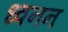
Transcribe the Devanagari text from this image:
ध्वनन